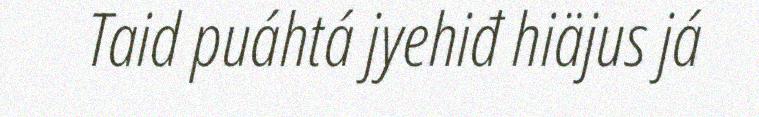
Taid puáhtá jyehiđ hiäjus já